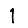
Digit: 1